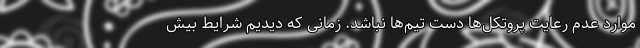
موارد عدم رعایت پروتکل‌ها دست تیم‌ها نباشد. زمانی که دیدیم شرایط بیش